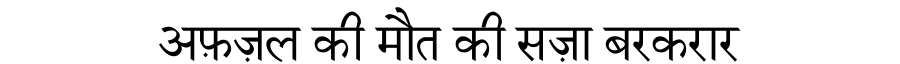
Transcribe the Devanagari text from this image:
अफ़ज़ल की मौत की सज़ा बरकरार